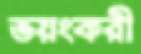
ভয়ংকরী